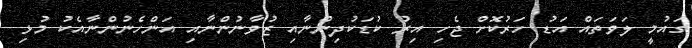
ގައުމީ ލަވަތައް އަޑު ހަރުކޮށް ޖެހި އިރު ކުޑަކުދިންނާއި ޒުވާނުންނާއި އަންހެނުންނާއެކު މުޅި